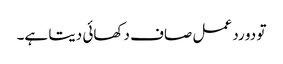
تو دو رد عمل صاف دکھائی دیتا ہے۔